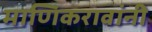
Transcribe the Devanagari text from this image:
माणिकरावांनी